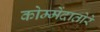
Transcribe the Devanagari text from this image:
कोम्मेंदातोरे